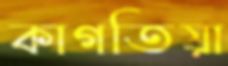
কাগতিয়া